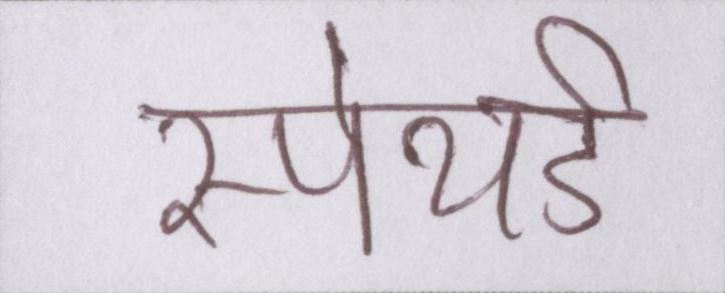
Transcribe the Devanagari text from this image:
स्पेयर्ड